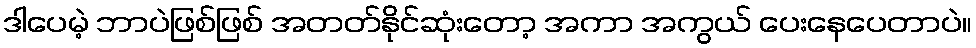
ဒါပေမဲ့ ဘာပဲဖြစ်ဖြစ် အတတ်နိုင်ဆုံးတော့ အကာ အကွယ် ပေးနေပေတာပဲ။